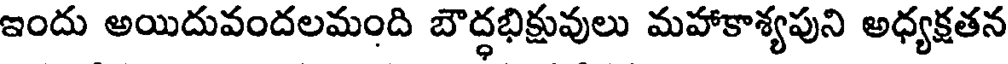
ఇందు అయిదువందలమంది బౌద్ధభిక్షువులు మహాకాశ్యపుని అధ్యక్షతన